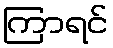
ကြာရင်